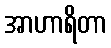
အာဟာရိတာ